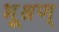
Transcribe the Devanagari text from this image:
भूश्रण्